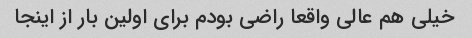
خیلی هم عالی واقعا راضی بودم برای اولین بار از اینجا